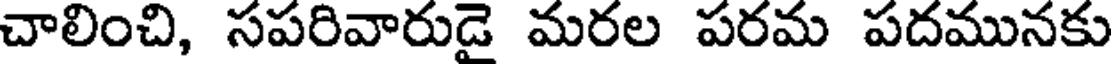
చాలించి, సపరివారుడై మరల పరమ పదమునకు